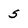
Character: 5